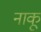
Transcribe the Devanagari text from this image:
नाकू